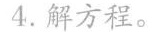
4.解方程。